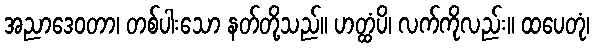
အညာဒေဝတာ၊ တစ်ပါးသော နတ်တို့သည်။ ဟတ္ထံပိ၊ လက်ကိုလည်း။ ထပေတုံ၊